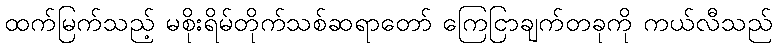
ထက်မြက်သည့် မစိုးရိမ်တိုက်သစ်ဆရာတော် ကြေငြာချက်တခုကို ကယ်လီသည်